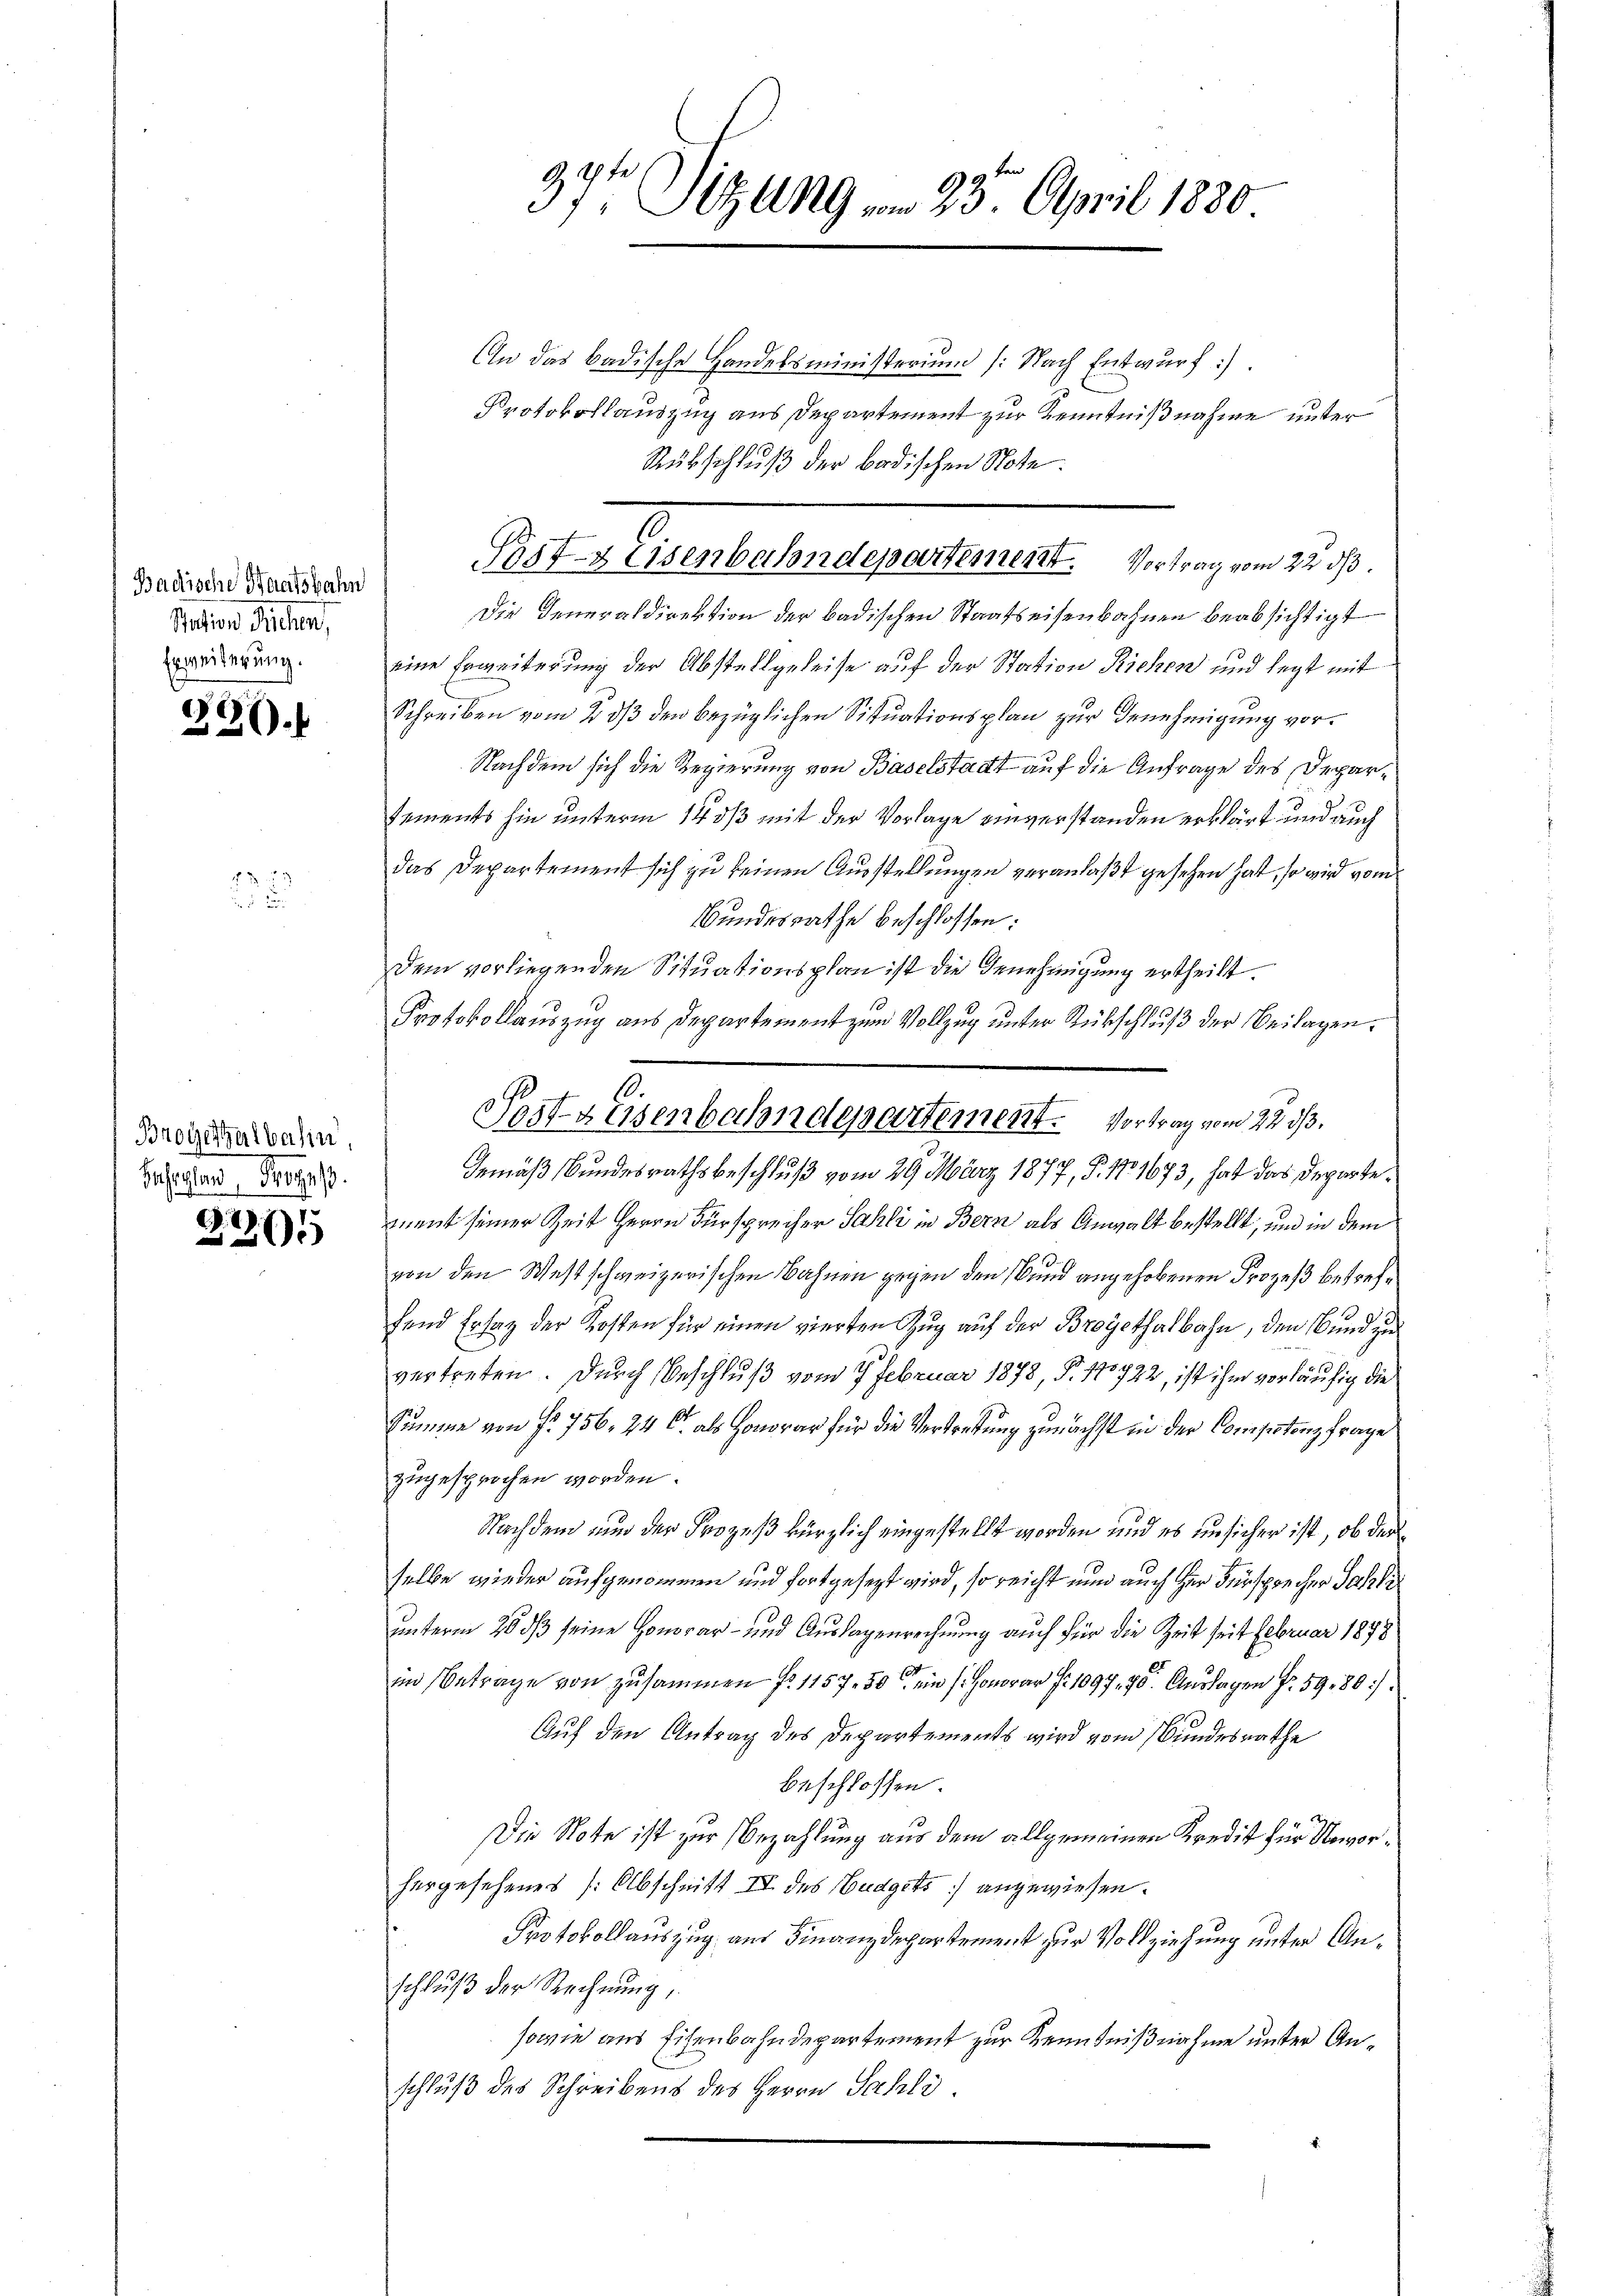
Badische Haeitsbahn
pation Sichen,
Erweiterung.

296.

2

Brogerhalbahn.
Behagland, Prozes

2275

37t Sitzung vom 23. April 1880

An das badische Handelsministerium (Nach Entwurf :)
Protokollauszug aus Departement zur Kenntnißnahme unter
Rübschluß der badischen Note.
Die Generaldirektion der badischen Staatseisenbahnen beabsichtigt
eine Erweiterung der Abstellgeleise auf der Station Richen und legt mit
Schreiben vom 28/3 den bezüglichen Situationsplan zur Genehmigung vor¬
Nachdem sich die Regierung von Baselstadt auf die Anfrage des Deparsements hin unterm 14. ds mit der Vorlage einverstanden erklärt und auch
das Departement sich zu keinen Ausstellungen veranlaßt gesehen hat, so wird vom
Bundesrathe beschlossen:
Dem vorliegenden Situationsplan ist die Genehmigung ertheilt.
Protokollauszug aus Departement zum Vollzug unter Rückschluß der Beilagen.
Gemäß Bundesrathsbeschluß vom 29. März 1877, P. No. 1673, hat das Departeguent seiner Zeit Herrn Fürsprecher Sahli in Bern als Anwalt bestellt, und in dem
von den Westschweizerischen Bahnen gegen den Bund angehobenen Prozeß betreffend Ersatz der Kosten für einen vierten Zug auf der Broypthalbahn, den Bund zu
vertreten. Durch Beschluß vom 7. Februar 1878, P. 110722, ist ihm vorläufig die
Summe von fr. 756, 24 C. als Honorar für die Vertretung zunächst in der Consistanz frage
zugesprochen worden.
Nachdem nun der Prozeß kürzlich eingestellt worden und es an sicher ist, ob der
selbe wieder aufgenommen und fortgesezt wird, so reicht nun auch her Fürsprecher Sahli
unterm 20. ds seine Honorar- und Auslagenrechnung auch für die Zeit seit Februar 1898
14
in Betrage von zusammen f. 1157. 50 ein s. Honorar fr. 1097. 70. Auslagen Fr. 5980
Auf den Antrag des Departements wird vom Bundesrathe
beschlossen:
Die Note ist zur Bezahlung aus dem allgemeinen Kredit für Unvorhergesehenes (Abschnitt IV des Budgets angewiesen.
Protokollauszug aus Finanzdepartement zur Vollziehung unter Anschluß der Rechnung,
sowie aus Eisenbahndepartement zur Kenntnißnahme unter Anschluß des Schreibens des Herrn Sahli

Prst- & Eisenbahndepartement. Vortrag vom 22. ds.

10.
Postgessenbahndepartement. Vortrag vom 22. ds.